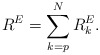
\begin{align*} R^E = \sum_{k=p}^N R_k^E.\end{align*}